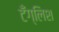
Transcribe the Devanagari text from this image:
टँग्लिश